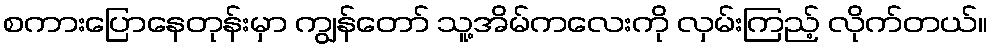
စကားပြောနေတုန်းမှာ ကျွန်တော် သူ့အိမ်ကလေးကို လှမ်းကြည့် လိုက်တယ်။